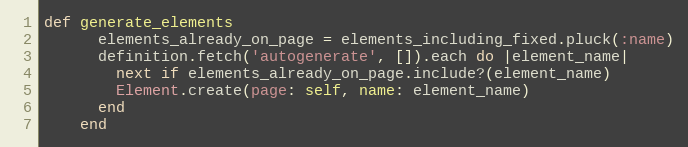
Language: Ruby
def generate_elements
      elements_already_on_page = elements_including_fixed.pluck(:name)
      definition.fetch('autogenerate', []).each do |element_name|
        next if elements_already_on_page.include?(element_name)
        Element.create(page: self, name: element_name)
      end
    end